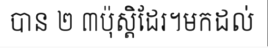
បាន ២ ៣ប៉ុស្តិដែរ។មកដល់